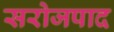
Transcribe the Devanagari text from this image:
सरोजपाद